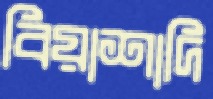
বিয়াশাদি